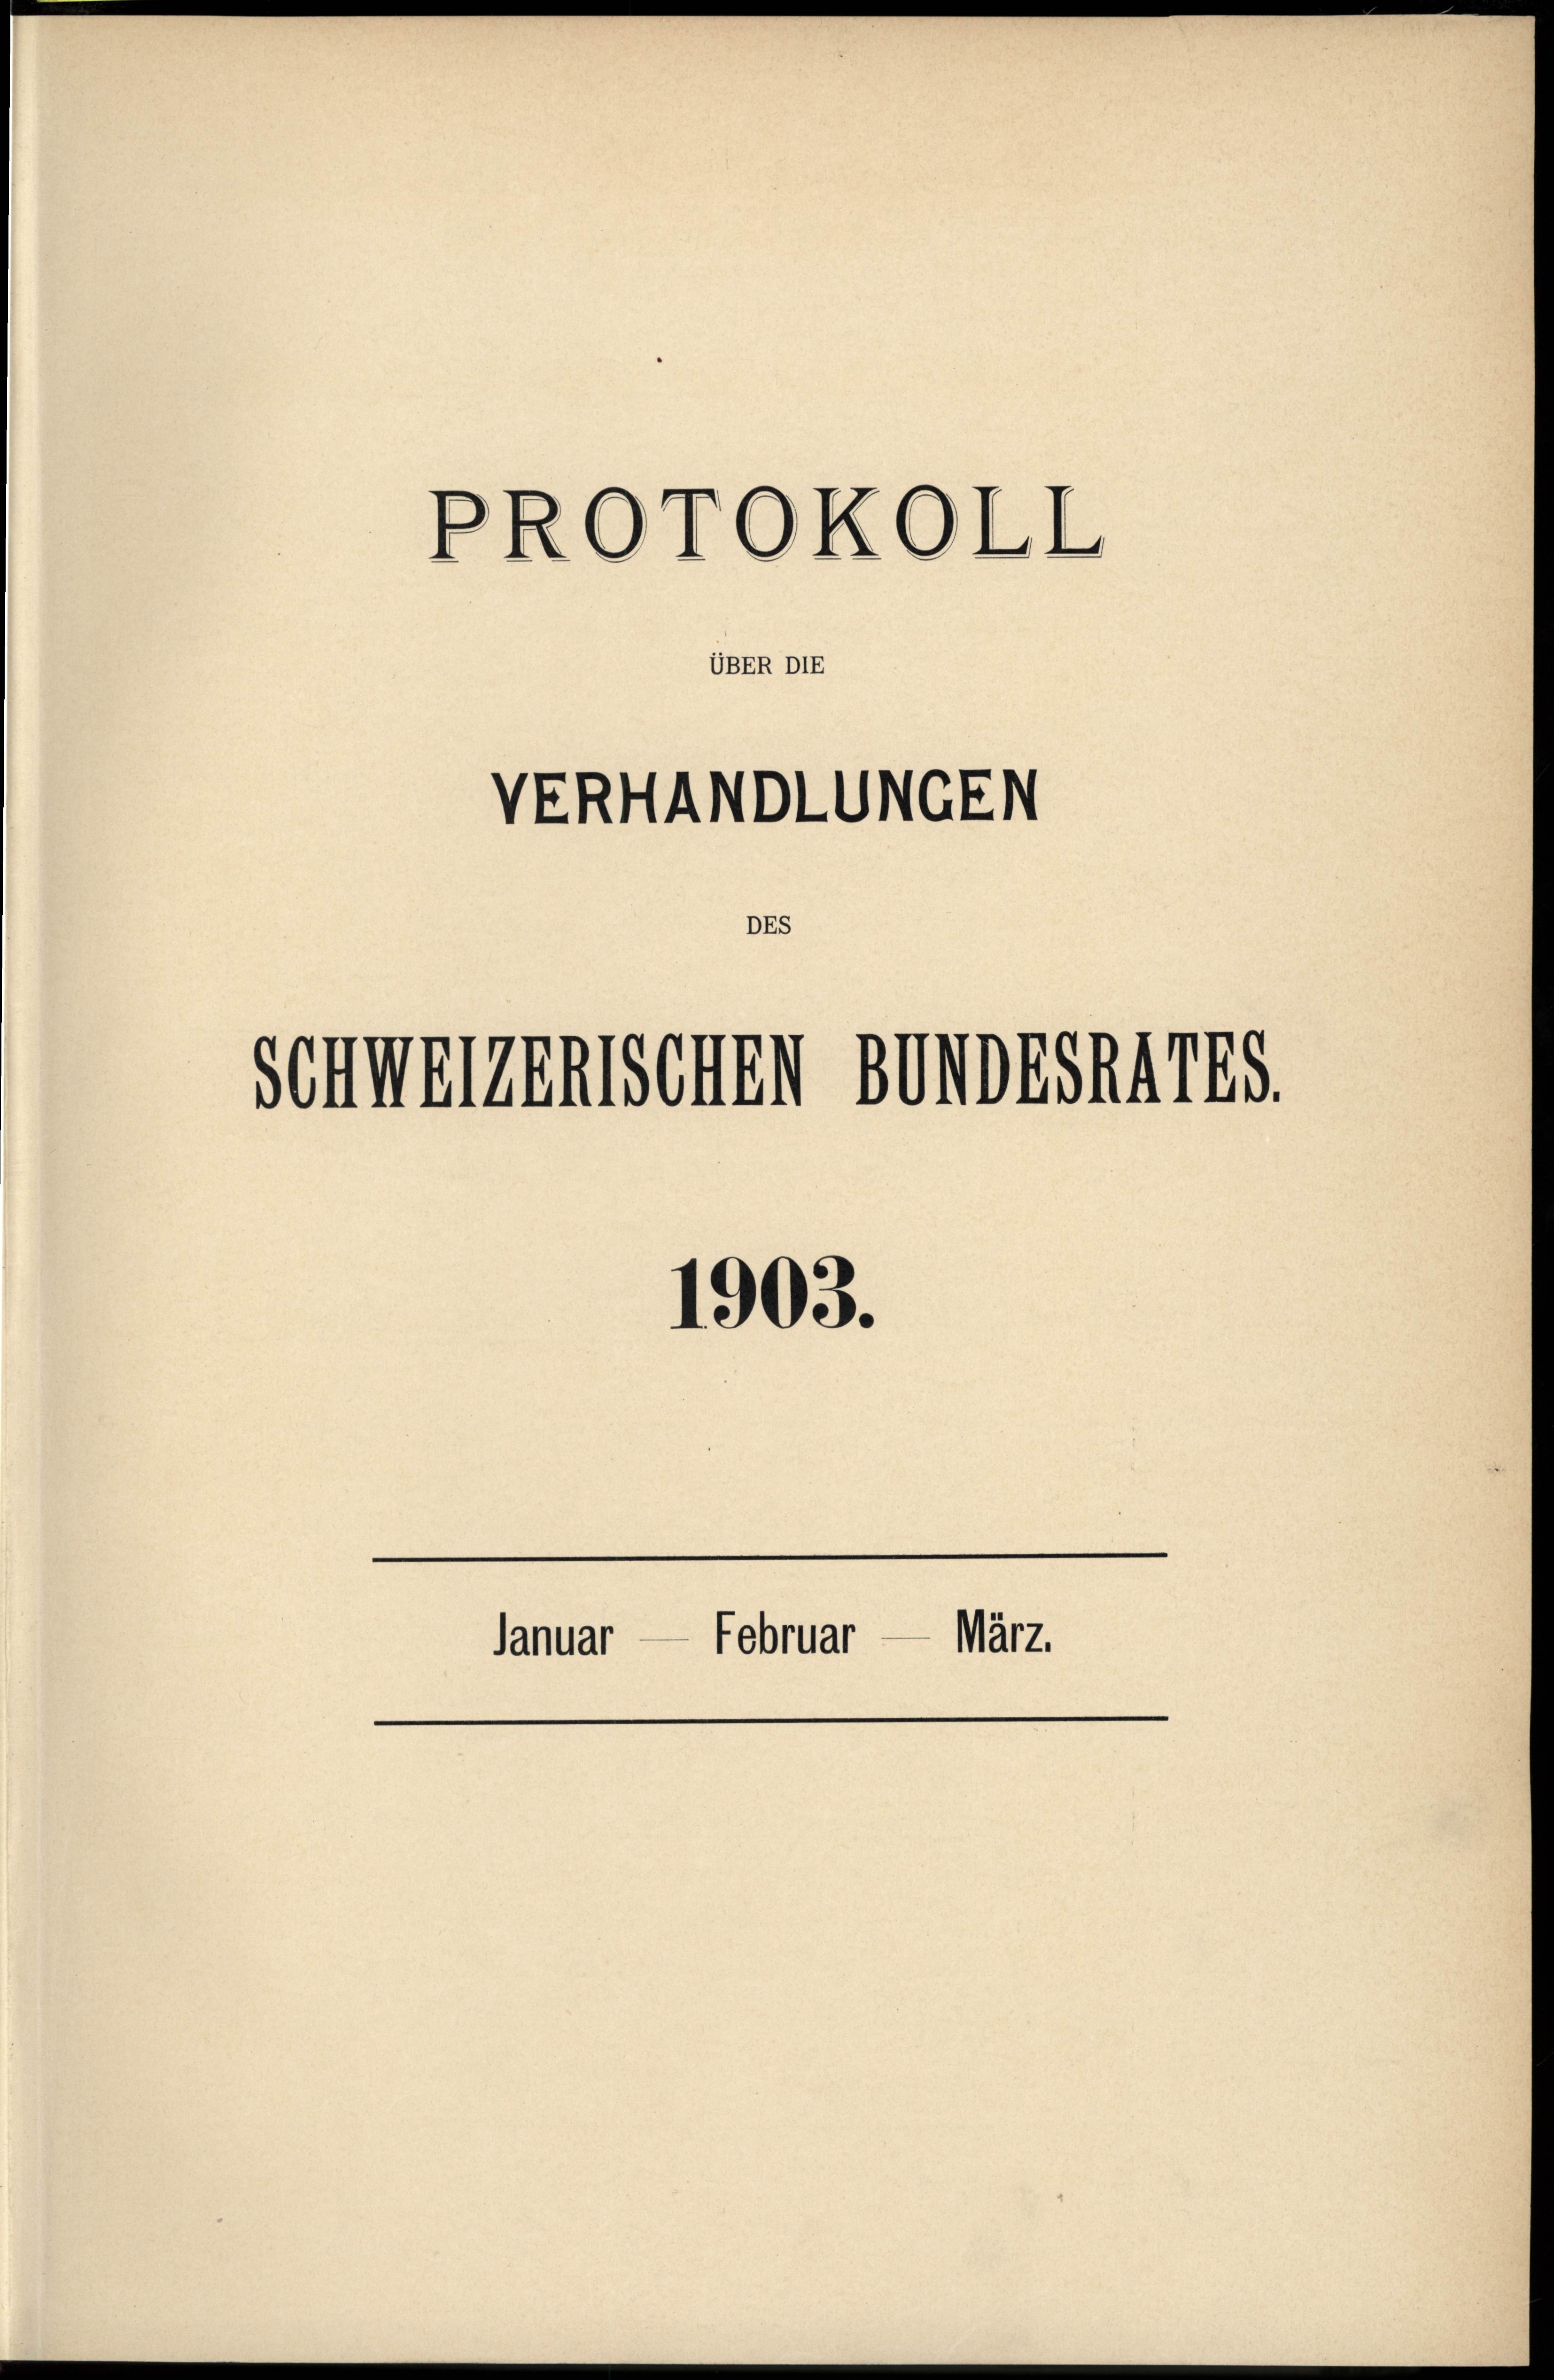
PROTOKOLL

VERHANDLUNGEN

Schweizerischen Bundesraths.

1903.

UBER DIE

DEs

Januar — Februar — März.